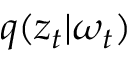
q ( \boldsymbol { z } _ { t } | \omega _ { t } )